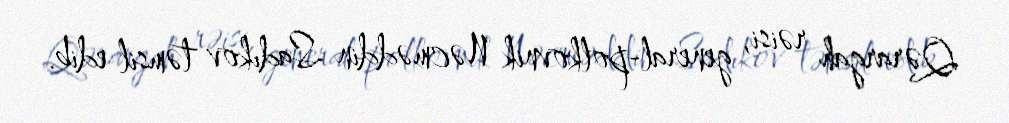
Qərargah rəisi, general-polkovnik Nəcməddin Sadıkov təmsil edib.